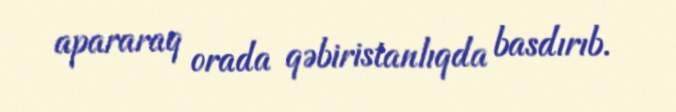
apararaq orada qəbiristanlıqda basdırıb.